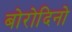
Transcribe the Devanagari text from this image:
बोरोदिनो